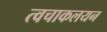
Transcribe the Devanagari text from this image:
त्वचाकलयन